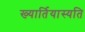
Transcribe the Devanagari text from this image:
ख्यार्तियास्यति